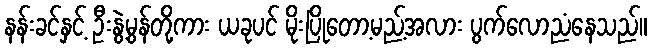
နန်းခင်နှင့် ဦးနွဲ့မွန်တို့ကား ယခုပင် မိုးပြိုတော့မည့်အလား ပွက်လောညံနေသည်။